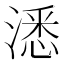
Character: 㴽